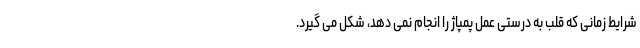
شرایط زمانی که قلب به درستی عمل پمپاژ را انجام نمی دهد، شکل می گیرد.